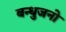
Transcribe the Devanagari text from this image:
बन्धुजनो